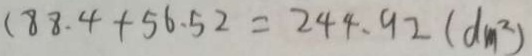
( 8 8 . 4 + 5 6 . 5 2 = 2 4 4 . 9 2 ( d m ^ { 2 } )